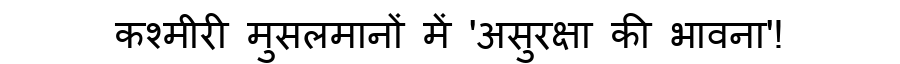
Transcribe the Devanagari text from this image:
कश्मीरी मुसलमानों में 'असुरक्षा की भावना'!